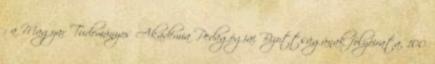
: a Magyar Tudományos Akadémia Pedagógiai Bizottságának folyóirata, 100